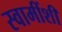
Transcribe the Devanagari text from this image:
स्वामींशी